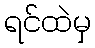
ရင်ထဲမှ